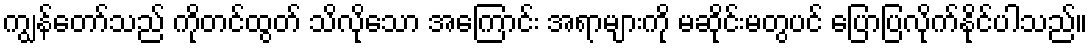
ကျွန်တော်သည် ကိုတင်ထွတ် သိလိုသော အကြောင်း အရာများကို မဆိုင်းမတွပင် ပြောပြလိုက်နိုင်ပါသည်။